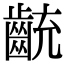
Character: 𪗯